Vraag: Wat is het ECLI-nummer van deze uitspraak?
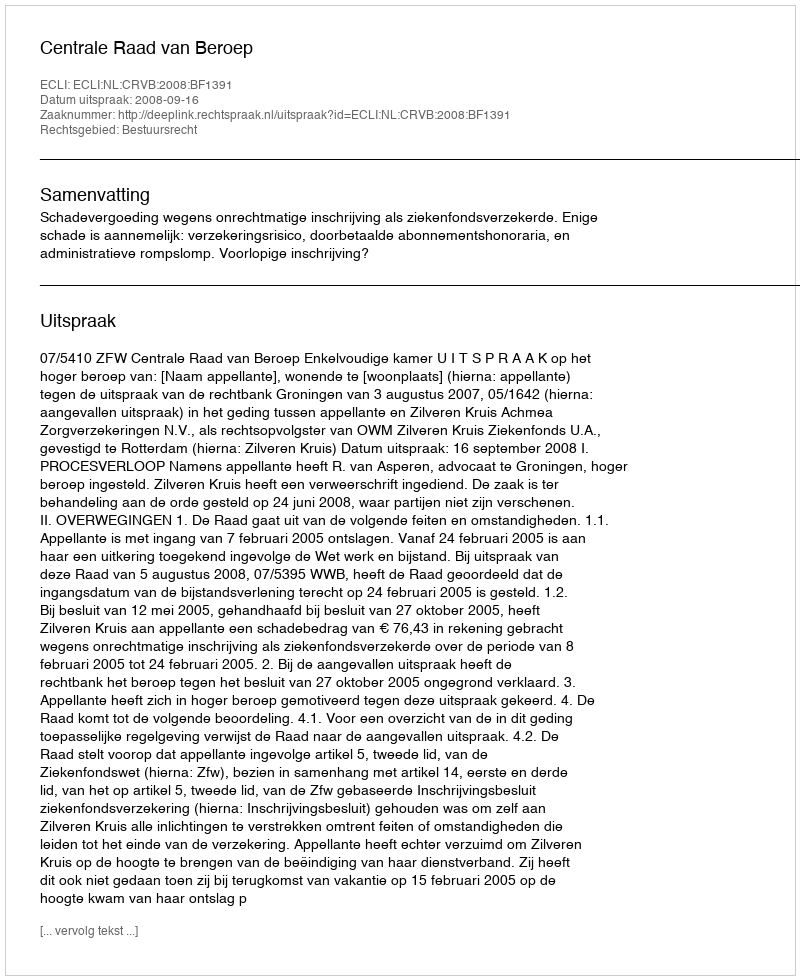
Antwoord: ECLI:NL:CRVB:2008:BF1391